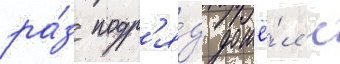
ра́з подр'я́д дошё́л с